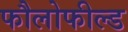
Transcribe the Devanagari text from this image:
फौलोफील्ड